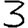
Digit: 3